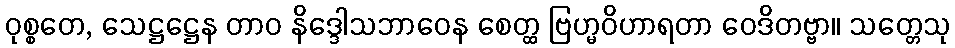
ဝုစ္စတေ, သေဋ္ဌဋ္ဌေန တာဝ နိဒ္ဒေါသဘာဝေန စေတ္ထ ဗြဟ္မဝိဟာရတာ ဝေဒိတဗ္ဗာ။ သတ္တေသု